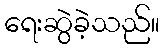
ရေးဆွဲခဲ့သည်။